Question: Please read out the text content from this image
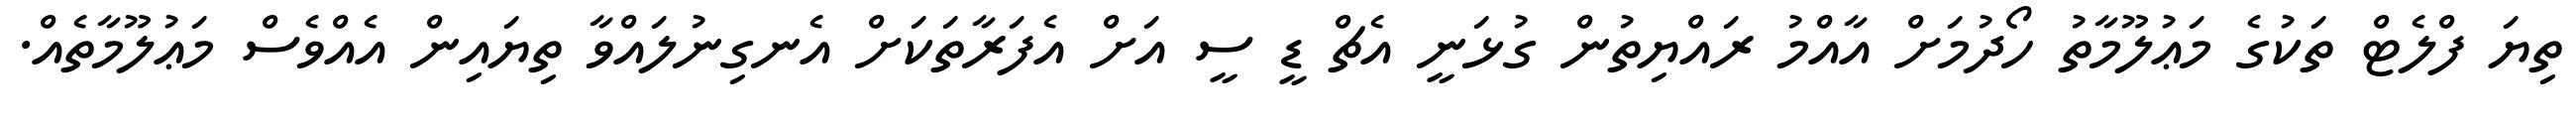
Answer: ތިޔަ ފްލެޓް ތަކުގެ މަޢުލޫމާތު ހޯދުމަށް އާއްމު ރައްޔިތުން ގުޅަނީ އެޗް ޑީ ސީ އަށް އެފަރާތަކަށް އެނގިނުލައްވާ ތިޔައިން އެއްވެސް މަޢުލޫމާތެއް.